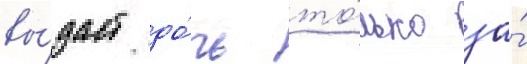
вы́даст до́чь то́лько за́